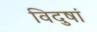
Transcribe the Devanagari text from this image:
विदुषां